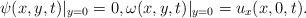
LaTeX: \begin{align*} {\psi} (x,y,t)\vert_{y=0} =0, \omega(x, y, t)\vert_{y=0}= u_x(x,0,t).\end{align*}